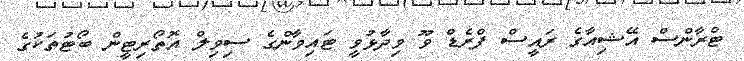
ޓްރާންސް އޭޝިއާގެ ރައީސް ފްރެޑް ވޫ ވިދާޅުވީ ޓައިވާންގެ ސިވިލް އޮތޯރިޓީން ބޯޓުތަކުގެ